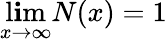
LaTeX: \operatorname*{l\mathbf{i}m}_{x\to\infty}N(x)=1